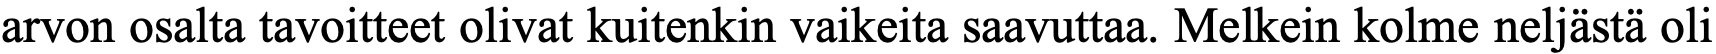
arvon osalta tavoitteet olivat kuitenkin vaikeita saavuttaa. Melkein kolme neljästä oli